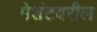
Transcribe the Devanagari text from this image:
पेशंटवरील